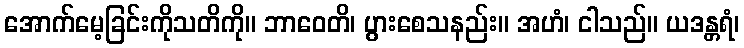
အောက်မေ့ခြင်းကိုသတိကို။ ဘာဝေတိ၊ ပွားစေသနည်း။ အဟံ၊ ငါသည်။ ယဒန္တရံ၊